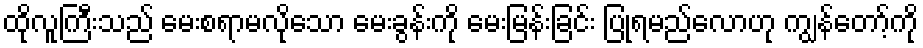
ထိုလူကြီးသည် မေးစရာမလိုသော မေးခွန်းကို မေးမြန်းခြင်း ပြုရမည်လောဟု ကျွန်တော့်ကို